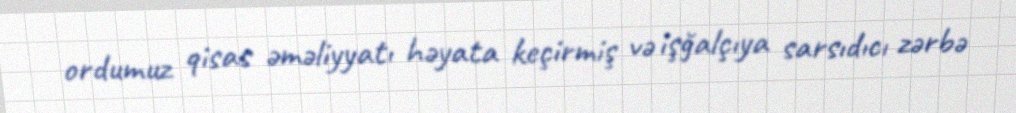
ordumuz qisas əməliyyatı həyata keçirmiş və işğalçıya sarsıdıcı zərbə